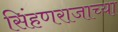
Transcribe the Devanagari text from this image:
सिंहणराजाच्या